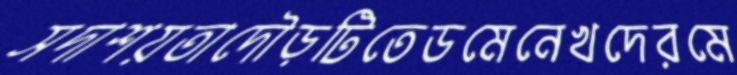
সদাশয়তাদৌড়টিতেডমেনেখদেরমে